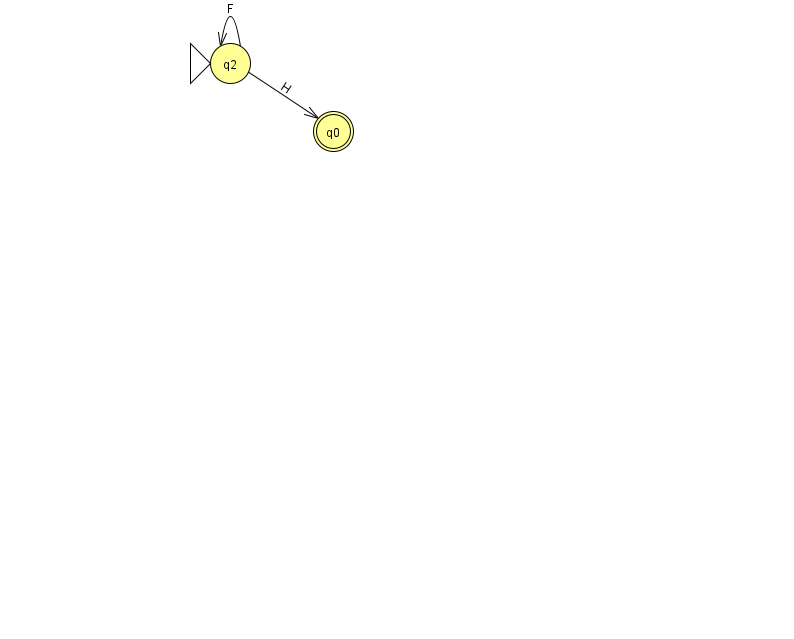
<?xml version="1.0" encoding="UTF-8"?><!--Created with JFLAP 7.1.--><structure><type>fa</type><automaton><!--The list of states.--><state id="0" name="q0"><x>333.0</x><y>118.0</y><final/></state><state id="2" name="q2"><x>230.0</x><y>50.0</y><initial/></state><!--The list of transitions.--><transition><from>2</from><to>2</to><read>F</read></transition><transition><from>2</from><to>0</to><read>H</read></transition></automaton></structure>